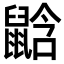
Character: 𪕛